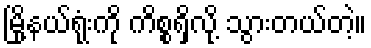
မြို့နယ်ရုံးကို ကိစ္စရှိလို့ သွားတယ်တဲ့။